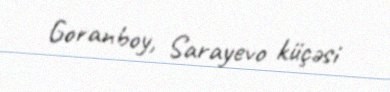
Goranboy, Sarayevo küçəsi